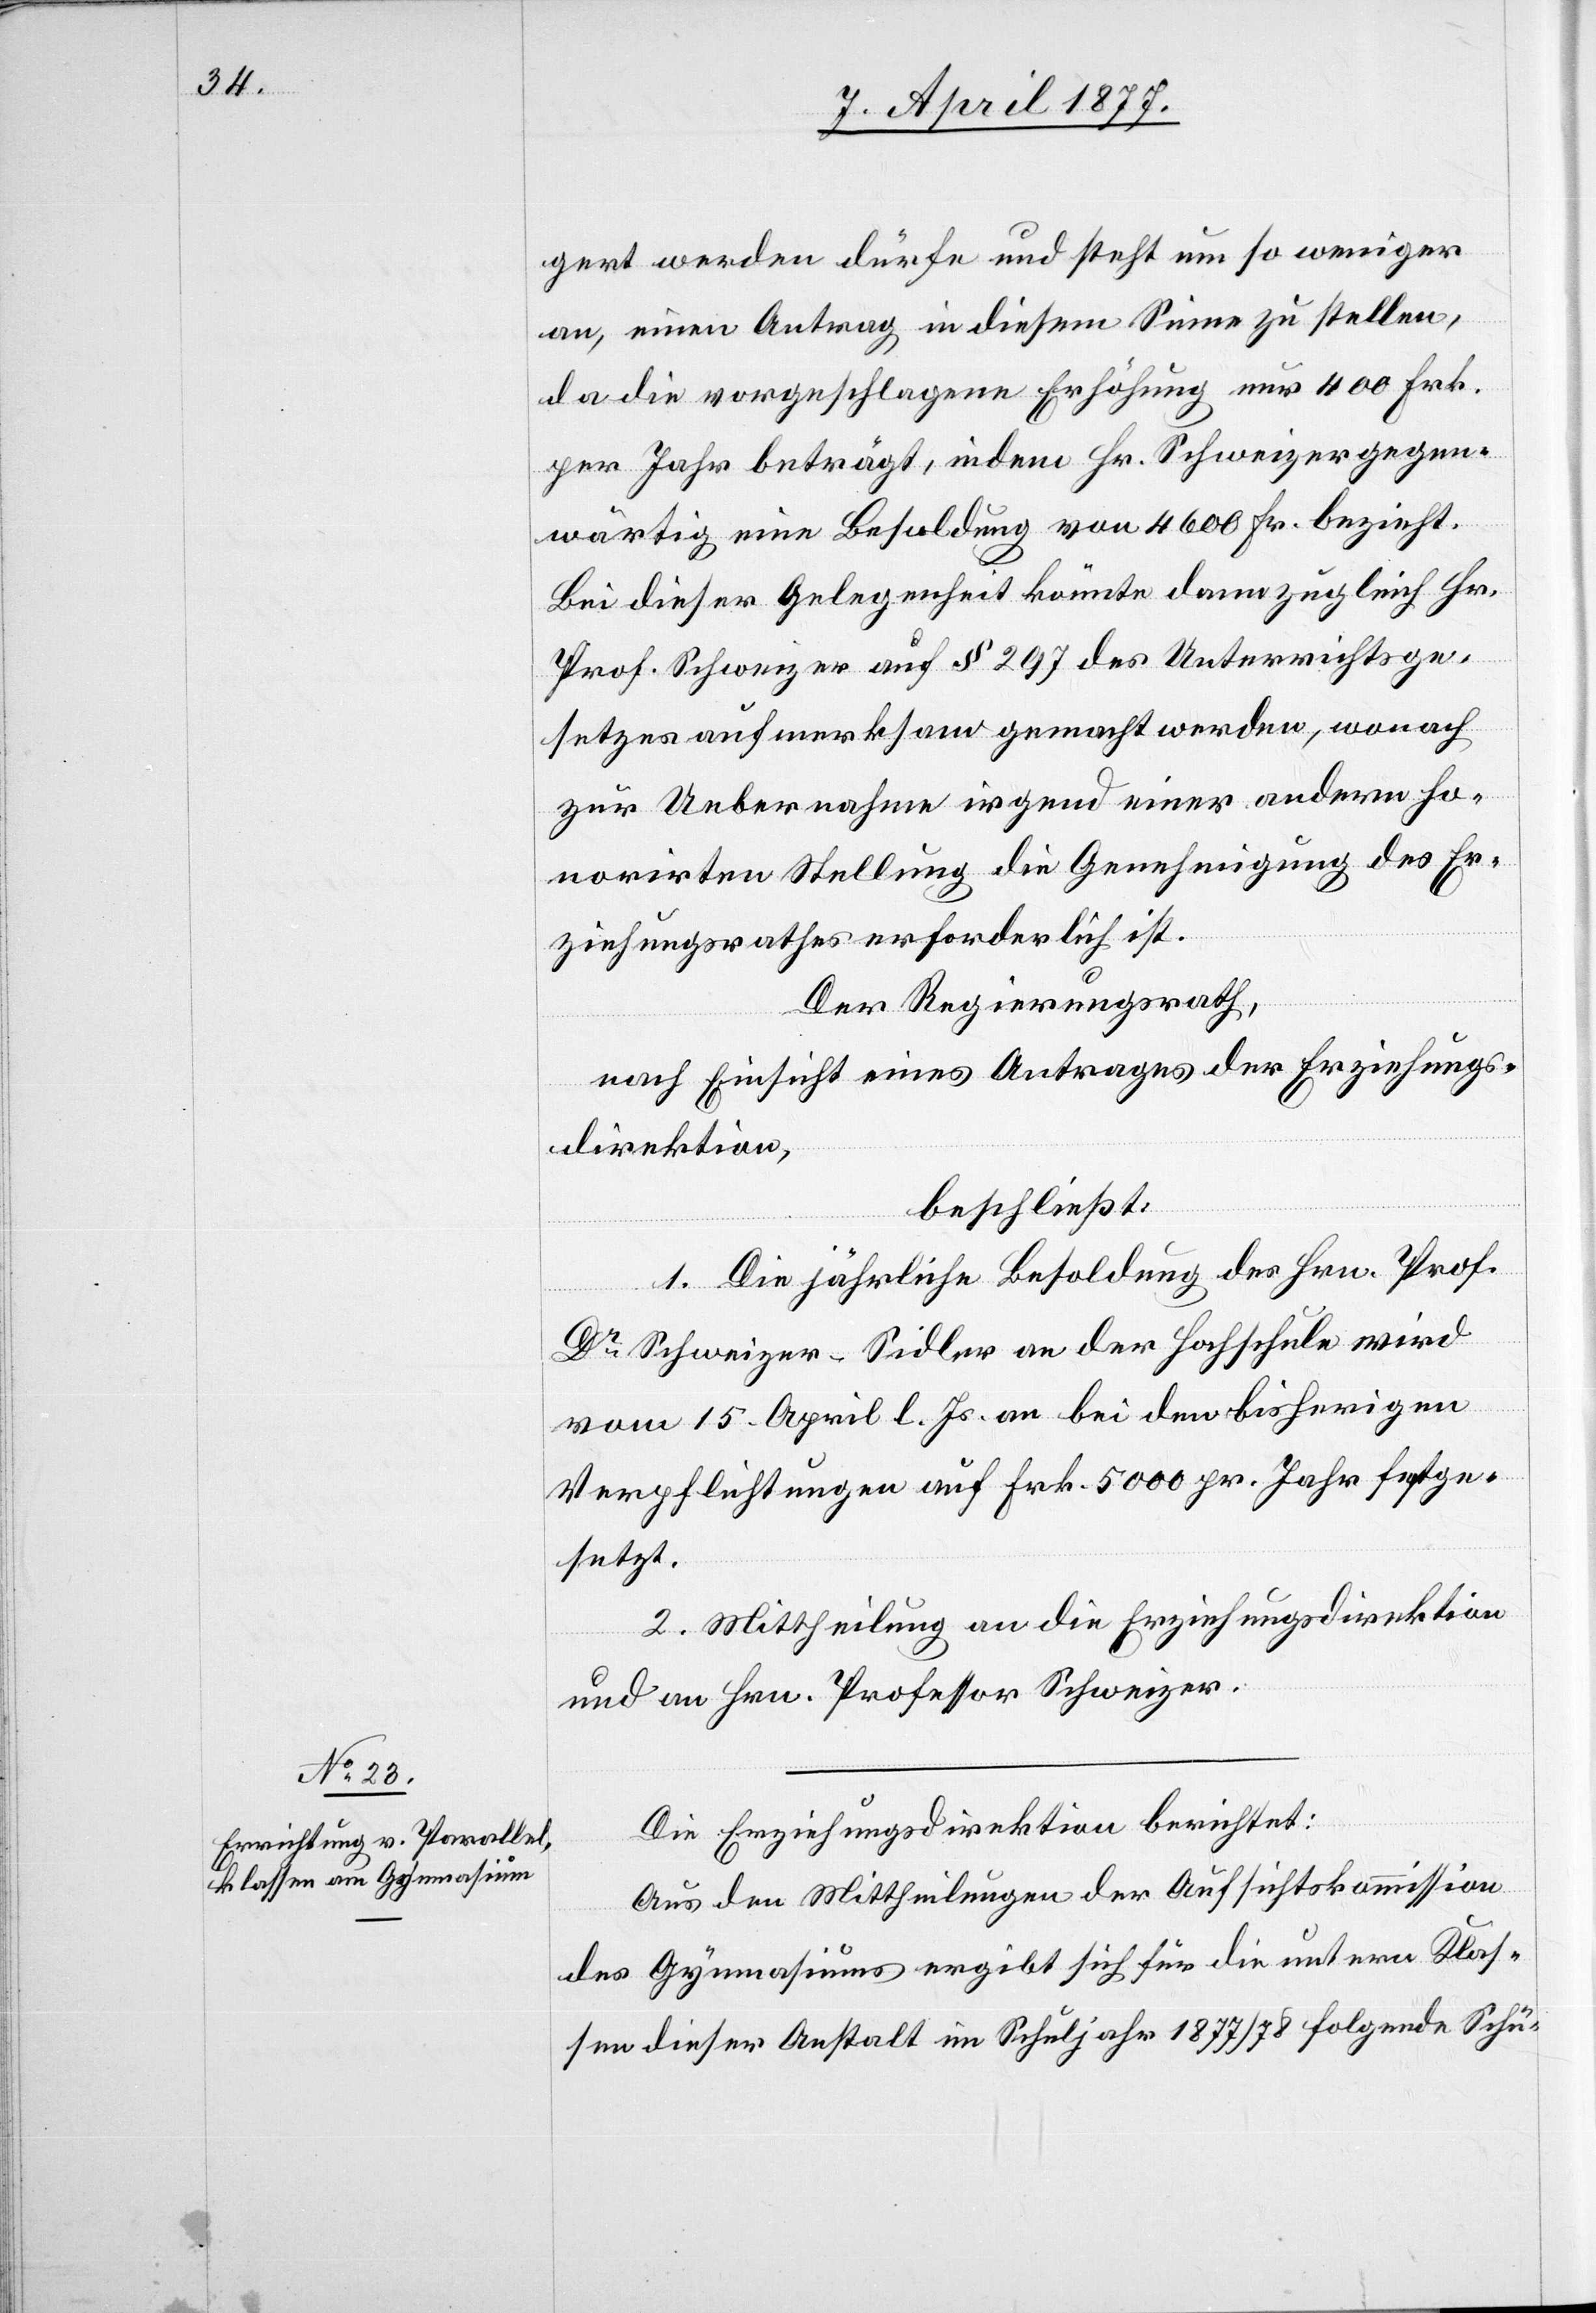
gert werden dürfe und steht um so weniger
an, einen Antrag in diesem Sinne zu stellen,
da die vorgeschlagene Erhöhung nur 400 Frk.
per Jahr beträgt, indem Hr. Schweizer gegen¬
wärtig eine Besoldung von 4600 Fr. bezieht.
Bei dieser Gelegenheit könnte dann zugleich Hr.
Prof. Schweizer auf § 297 des Unterrichtsge¬
setzes aufmerksam gemacht werden, wonach
zur Uebernahme irgend einer andern ho¬
norirten Stellung die Genehmigung des Er¬
ziehungsrathes erforderlich ist.
Der Regierungsrath,
nach Einsicht eines Antrages der Erziehungs¬
direktion,
beschließt:
1. Die jährliche Besoldung des Hrn. Prof.
Dr Schweizer-Sidler an der Hochschule wird
vom 15. April l. Js. an bei den bisherigen
Verpflichtungen auf Frk. 5000 pr. Jahr festge¬
setzt.
2. Mittheilung an die Erziehungsdirektion
und an Hrn. Professor Schweizer.
Die Erziehungsdirektion berichtet:
Aus den Mittheilungen der Aufsichtskommission
des Gymnasiums ergibt sich für die untern Klas¬
sen dieser Anstalt im Schuljahr 1877/78 folgende Schü-